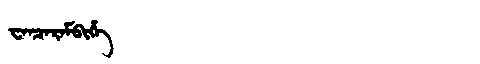
Manchu: ᠸᠠᠨᠴᠠᡵᠠᠮᠪᡳᡥᡝ
Romanization: WANCARAMBIHE